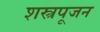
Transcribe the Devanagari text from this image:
शस्त्रपूजन